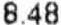
8.48